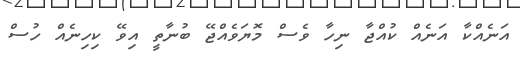
އަނެއްކާ އަނެއް ކުއްޖާ ނިހާ ވެސް މޮޔަވެއްޖޭ ބުނާތީ އިވޭ ކިހިނެއް ހުސް